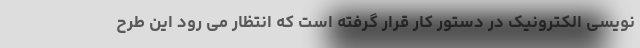
نویسی الکترونیک در دستور کار قرار گرفته است که انتظار می رود این طرح